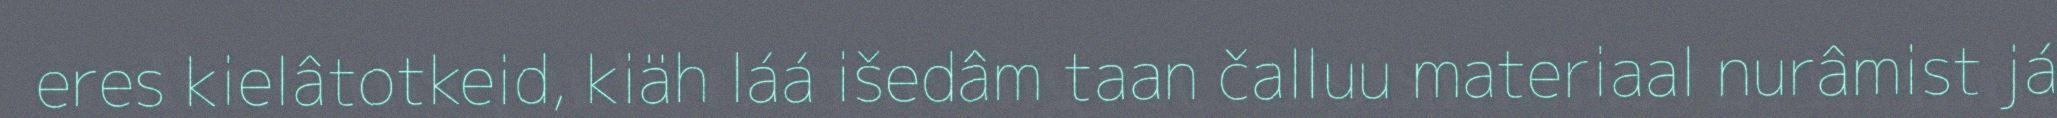
eres kielâtotkeid, kiäh láá išedâm taan čalluu materiaal nurâmist já